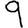
Digit: 9